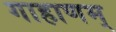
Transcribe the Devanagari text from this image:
गाहाणम्